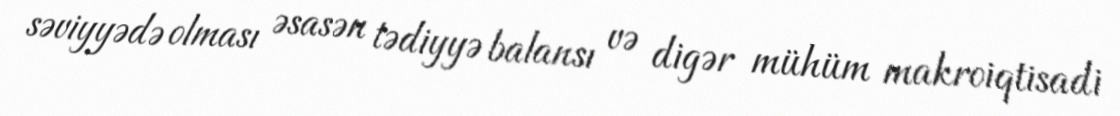
səviyyədə olması əsasən tədiyyə balansı və digər mühüm makroiqtisadi